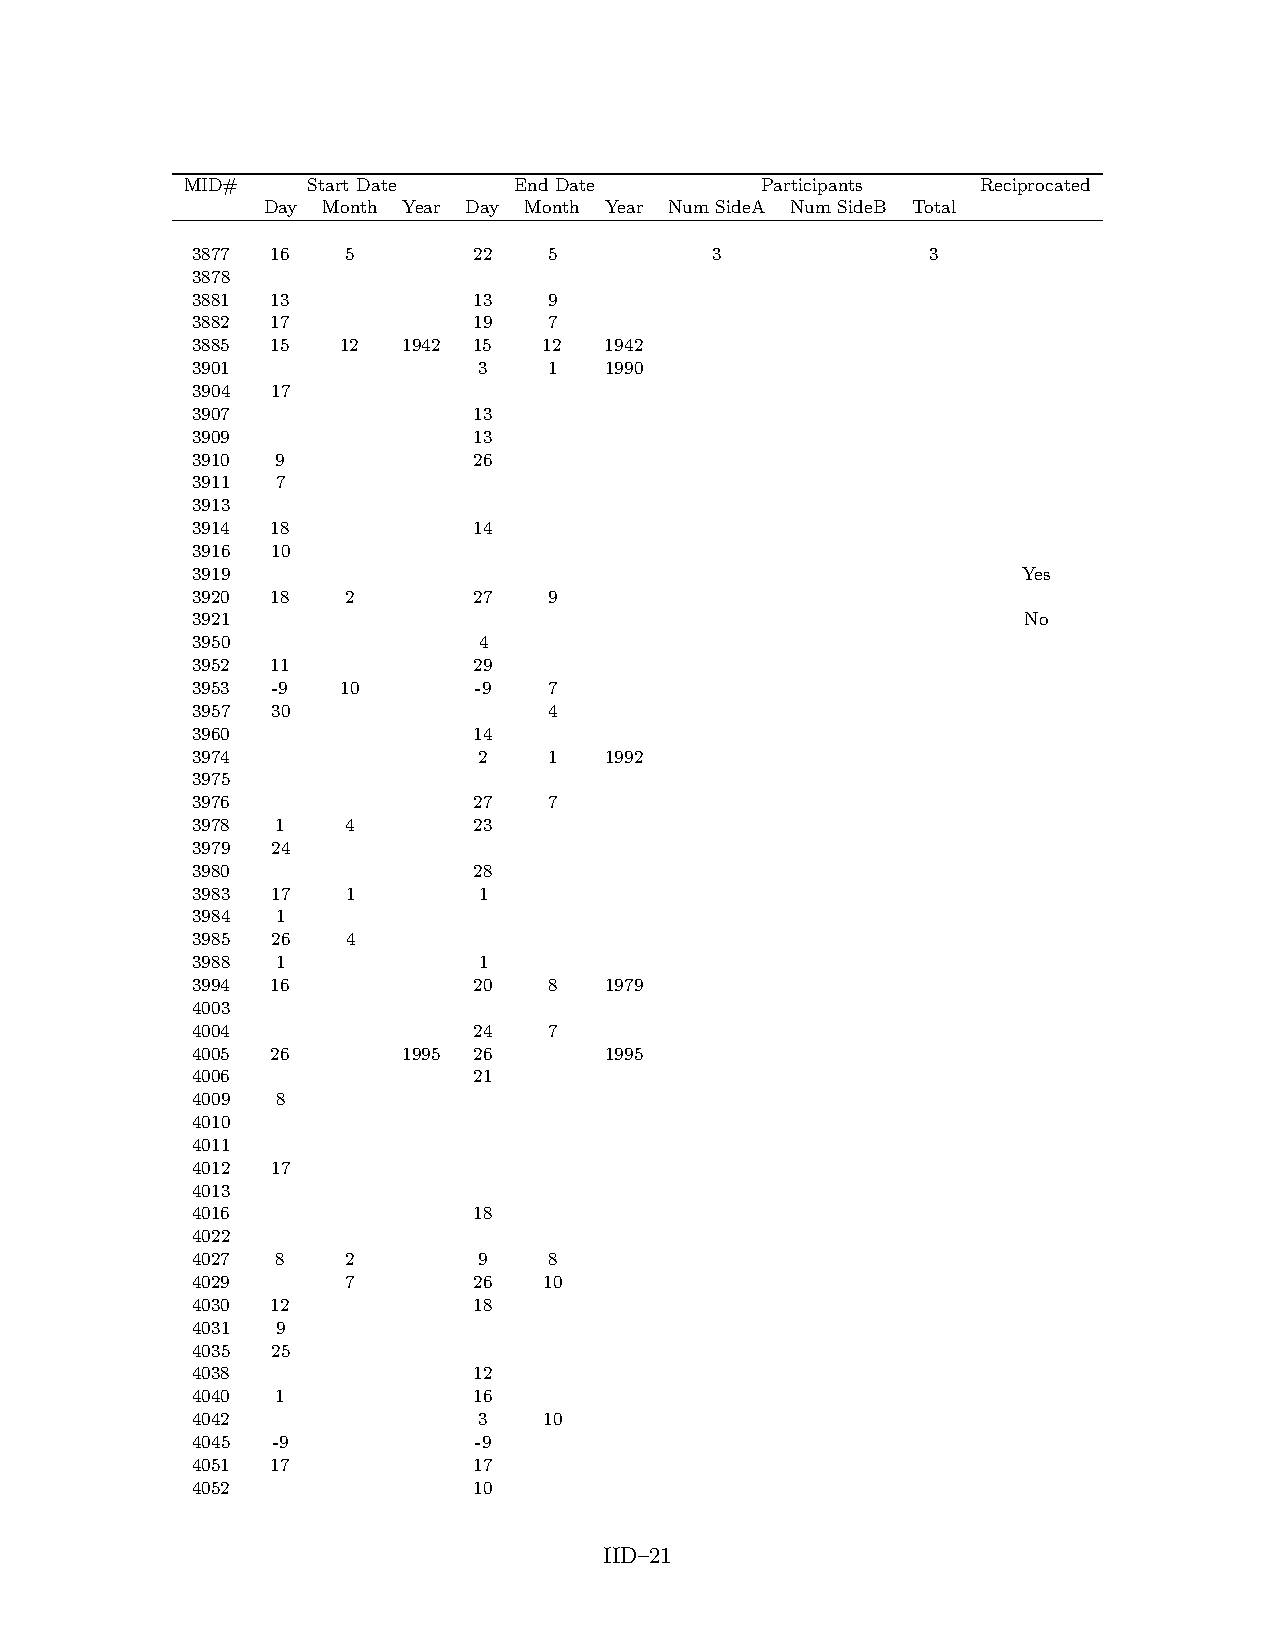
MID#    Start Date    End Date        Participants   Reciprocated
 Day Month Year Day Month Year Num SideA Num SideB Total
 3877 16   5       22   5          3              3
 3878
 3881 13           13   9
 3882 17           19   7
 3885 15   12  1942 15  12  1942
 3901               3   1   1990
 3904 17
 3907              13
 3909              13
 3910 9            26
 3911 7
 3913
 3914 18           14
 3916 10
 3919                                                   Yes
 3920 18   2       27   9
 3921                                                   No
 3950               4
 3952 11           29
 3953 -9   10      -9   7
 3957 30                4
 3960              14
 3974               2   1   1992
 3975
 3976              27   7
 3978 1    4       23
 3979 24
 3980              28
 3983 17   1        1
 3984 1
 3985 26   4
 3988 1             1
 3994 16           20   8   1979
 4003
 4004              24   7
 4005 26       1995 26      1995
 4006              21
 4009 8
 4010
 4011
 4012 17
 4013
 4016              18
 4022
 4027 8    2        9   8
 4029      7       26   10
 4030 12           18
 4031 9
 4035 25
 4038              12
 4040 1            16
 4042               3   10
 4045 -9           -9
 4051 17           17
 4052              10
 IID–21